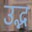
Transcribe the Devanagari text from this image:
उद्भ